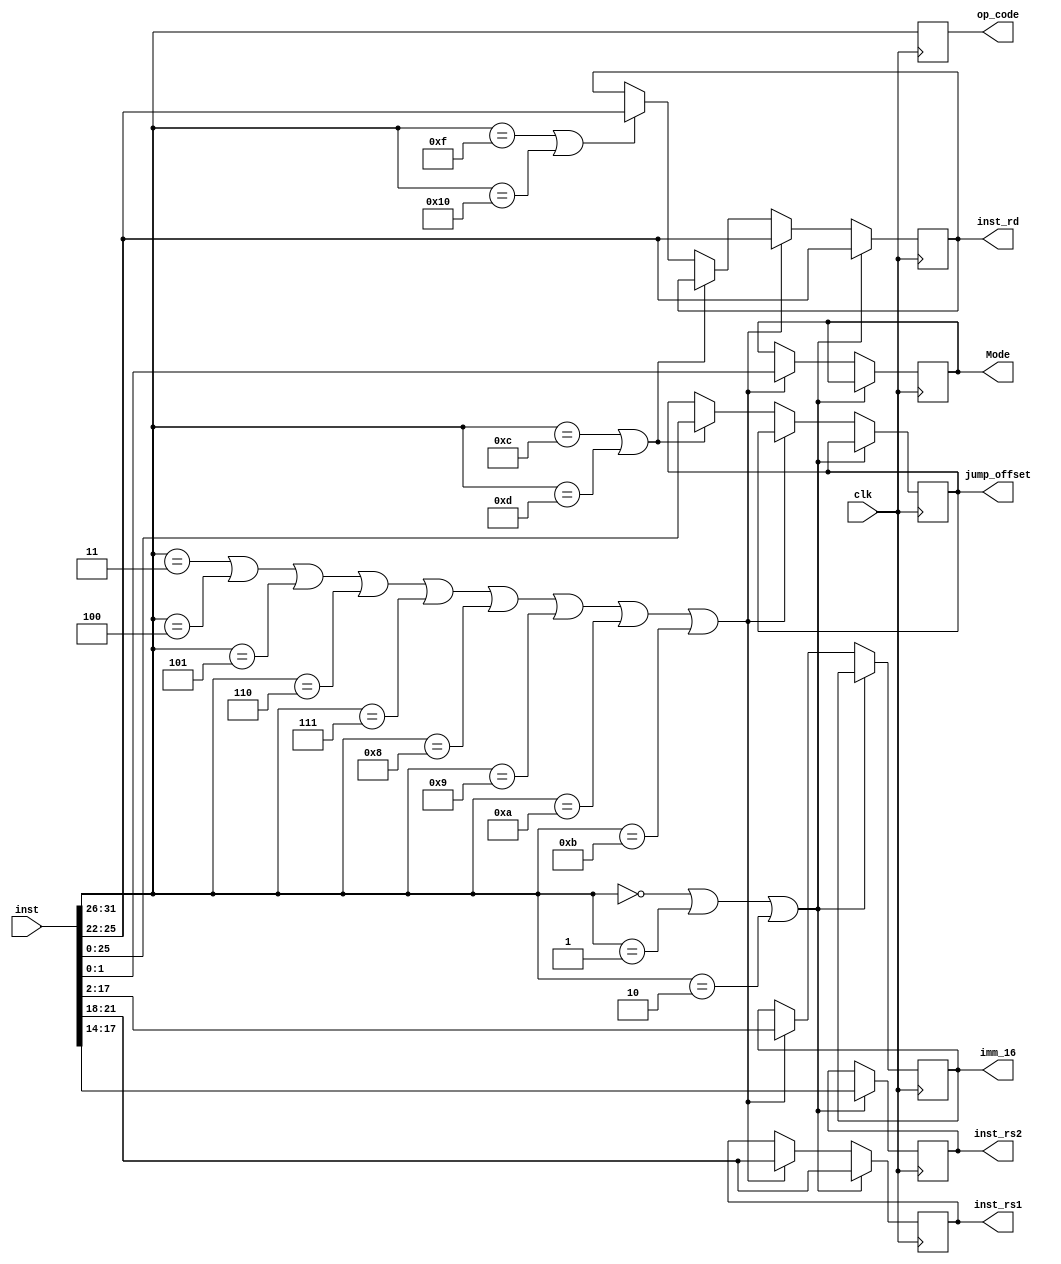
module IR(clk, inst, op_code, inst_rs1, inst_rs2, inst_rd, imm_16, jump_offset, Mode); 
    input clk ; 
    input [31:0] inst; 
	output reg [5:0] op_code; 
	output reg [3:0] inst_rs1 , inst_rs2 , inst_rd;
	output reg [15:0] imm_16; 
	output reg [25:0] jump_offset;
	output reg [1:0] Mode; 	 
	
  always @(posedge clk)
	begin 				 	
		op_code = inst[31:26];	
		
		// R-type: AND, ADD, and SUB
		if (op_code == 6'b000000 || op_code == 6'b000001 || op_code == 6'b000010)begin 
			inst_rd = inst[25:22]; 
			inst_rs1 = inst[21:18]; 
			inst_rs2 = inst[17:14]; 
		end 
		// I-type
		else if (op_code == 6'b000011 || op_code == 6'b000100 || op_code == 6'b000101 || op_code == 6'b000110
		|| op_code == 6'b000111 || op_code == 6'b001000 || op_code == 6'b001001 || op_code == 6'b001010 || op_code == 6'b001011 )begin 
			inst_rd = inst[25:22]; 
			inst_rs1 = inst[21:18]; 
			imm_16 = inst[17:2];	
			Mode = inst[1:0];	

		end 
		// J-type: JMP & CALL
		else if (op_code == 6'b001100 || op_code == 6'b001101)begin  
			jump_offset = inst[25:0];

		end 	
		// S-type: PUSH & POP
		else if (op_code == 6'b001111 || op_code == 6'b010000)begin 
			inst_rd = inst[25:22]; 	

		end 
	    else begin 
		   	// J-type: RET "26-bit unused" 
		end
	end	
endmodule